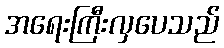
အရေးကြီးလှပေသည်